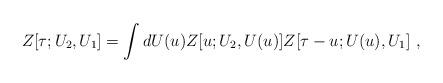
LaTeX: \begin{align*}Z[\tau;U_2,U_1]=\int dU(u) Z[u;U_2,U(u)]Z[\tau-u;U(u),U_1]\ ,\end{align*}